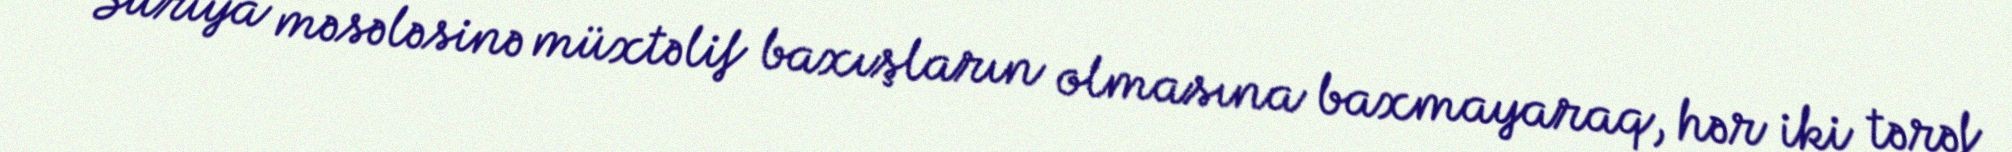
Suriya məsələsinə müxtəlif baxışların olmasına baxmayaraq, hər iki tərəf